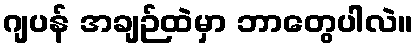
ဂျပန် အချဉ်ထဲမှာ ဘာတွေပါလဲ။